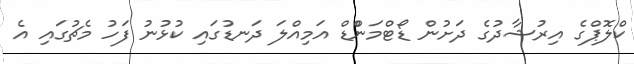
ކްލޮޕްގެ އިރުޝާދުގެ ދަށުން ޑޯޓްމަންްޑް އަމިއްލަ ދަނޑުގައި ކުޅުނު ފަހު މެޗުގައި އެ